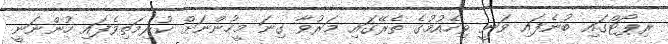
ރިޕޯޓްގައި ބުނެފައި ވަނީ ވިހެއުމުގެ ތެރޭގައި މަރުވާ ގިނަ މީހުންނަށް ކުރިމަތިވެފައި ހުންނަނީ